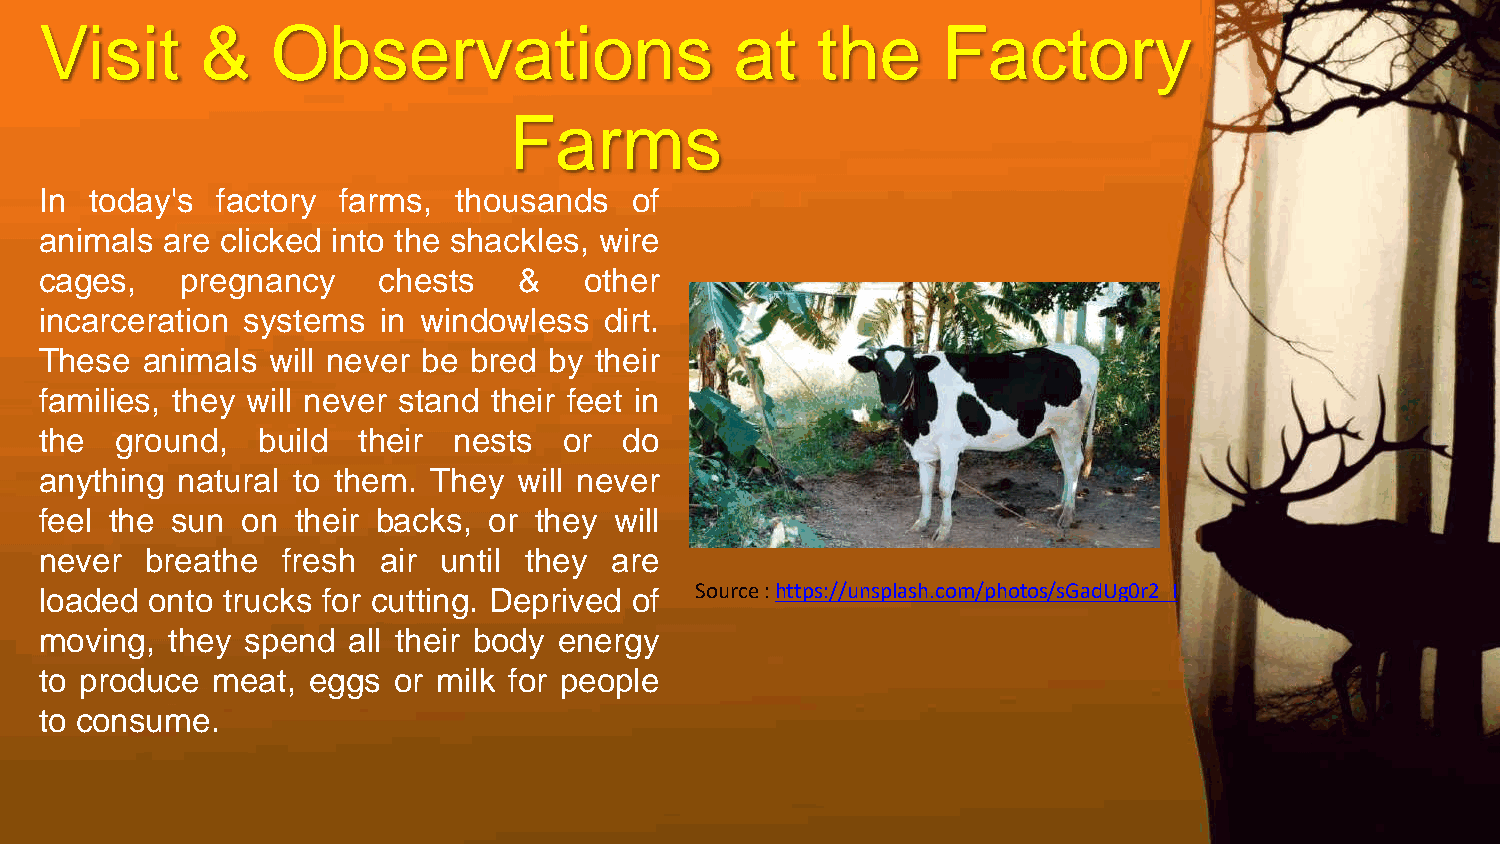
Visit     &    Observations                   at   the     Factory
 Farms
 In today's factory farms,  thousands   of
 animals are clicked into the shackles, wire
 cages,   pregnancy    chests   &    other
 incarceration systems in windowless  dirt.
 These animals  will never be bred by their
 families, they will never stand their feet in
 the  ground,  build  their nests  or  do
 anything natural to them. They will never
 feel the sun on  their backs, or they will
 never  breathe  fresh air until they are
 loaded onto trucks for cutting. Deprived of Source : https://unsplash.com/photos/sGadUg0r2_I
 moving, they spend  all their body energy
 to produce meat, eggs  or milk for people
 to consume.